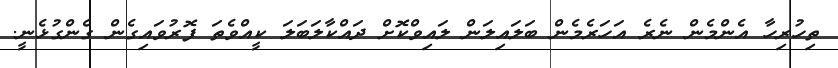
ތިހުރިހާ އެންމެން ނެރެ އަހަރެމެން ބަލައިލަން ލައިވްކޮށް ދައްކާލަބަލަ ކީއްވެތަ ފޮރުވައިގެން ގެންގުޅެނީ.